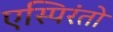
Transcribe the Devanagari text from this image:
एस्पिरंतो